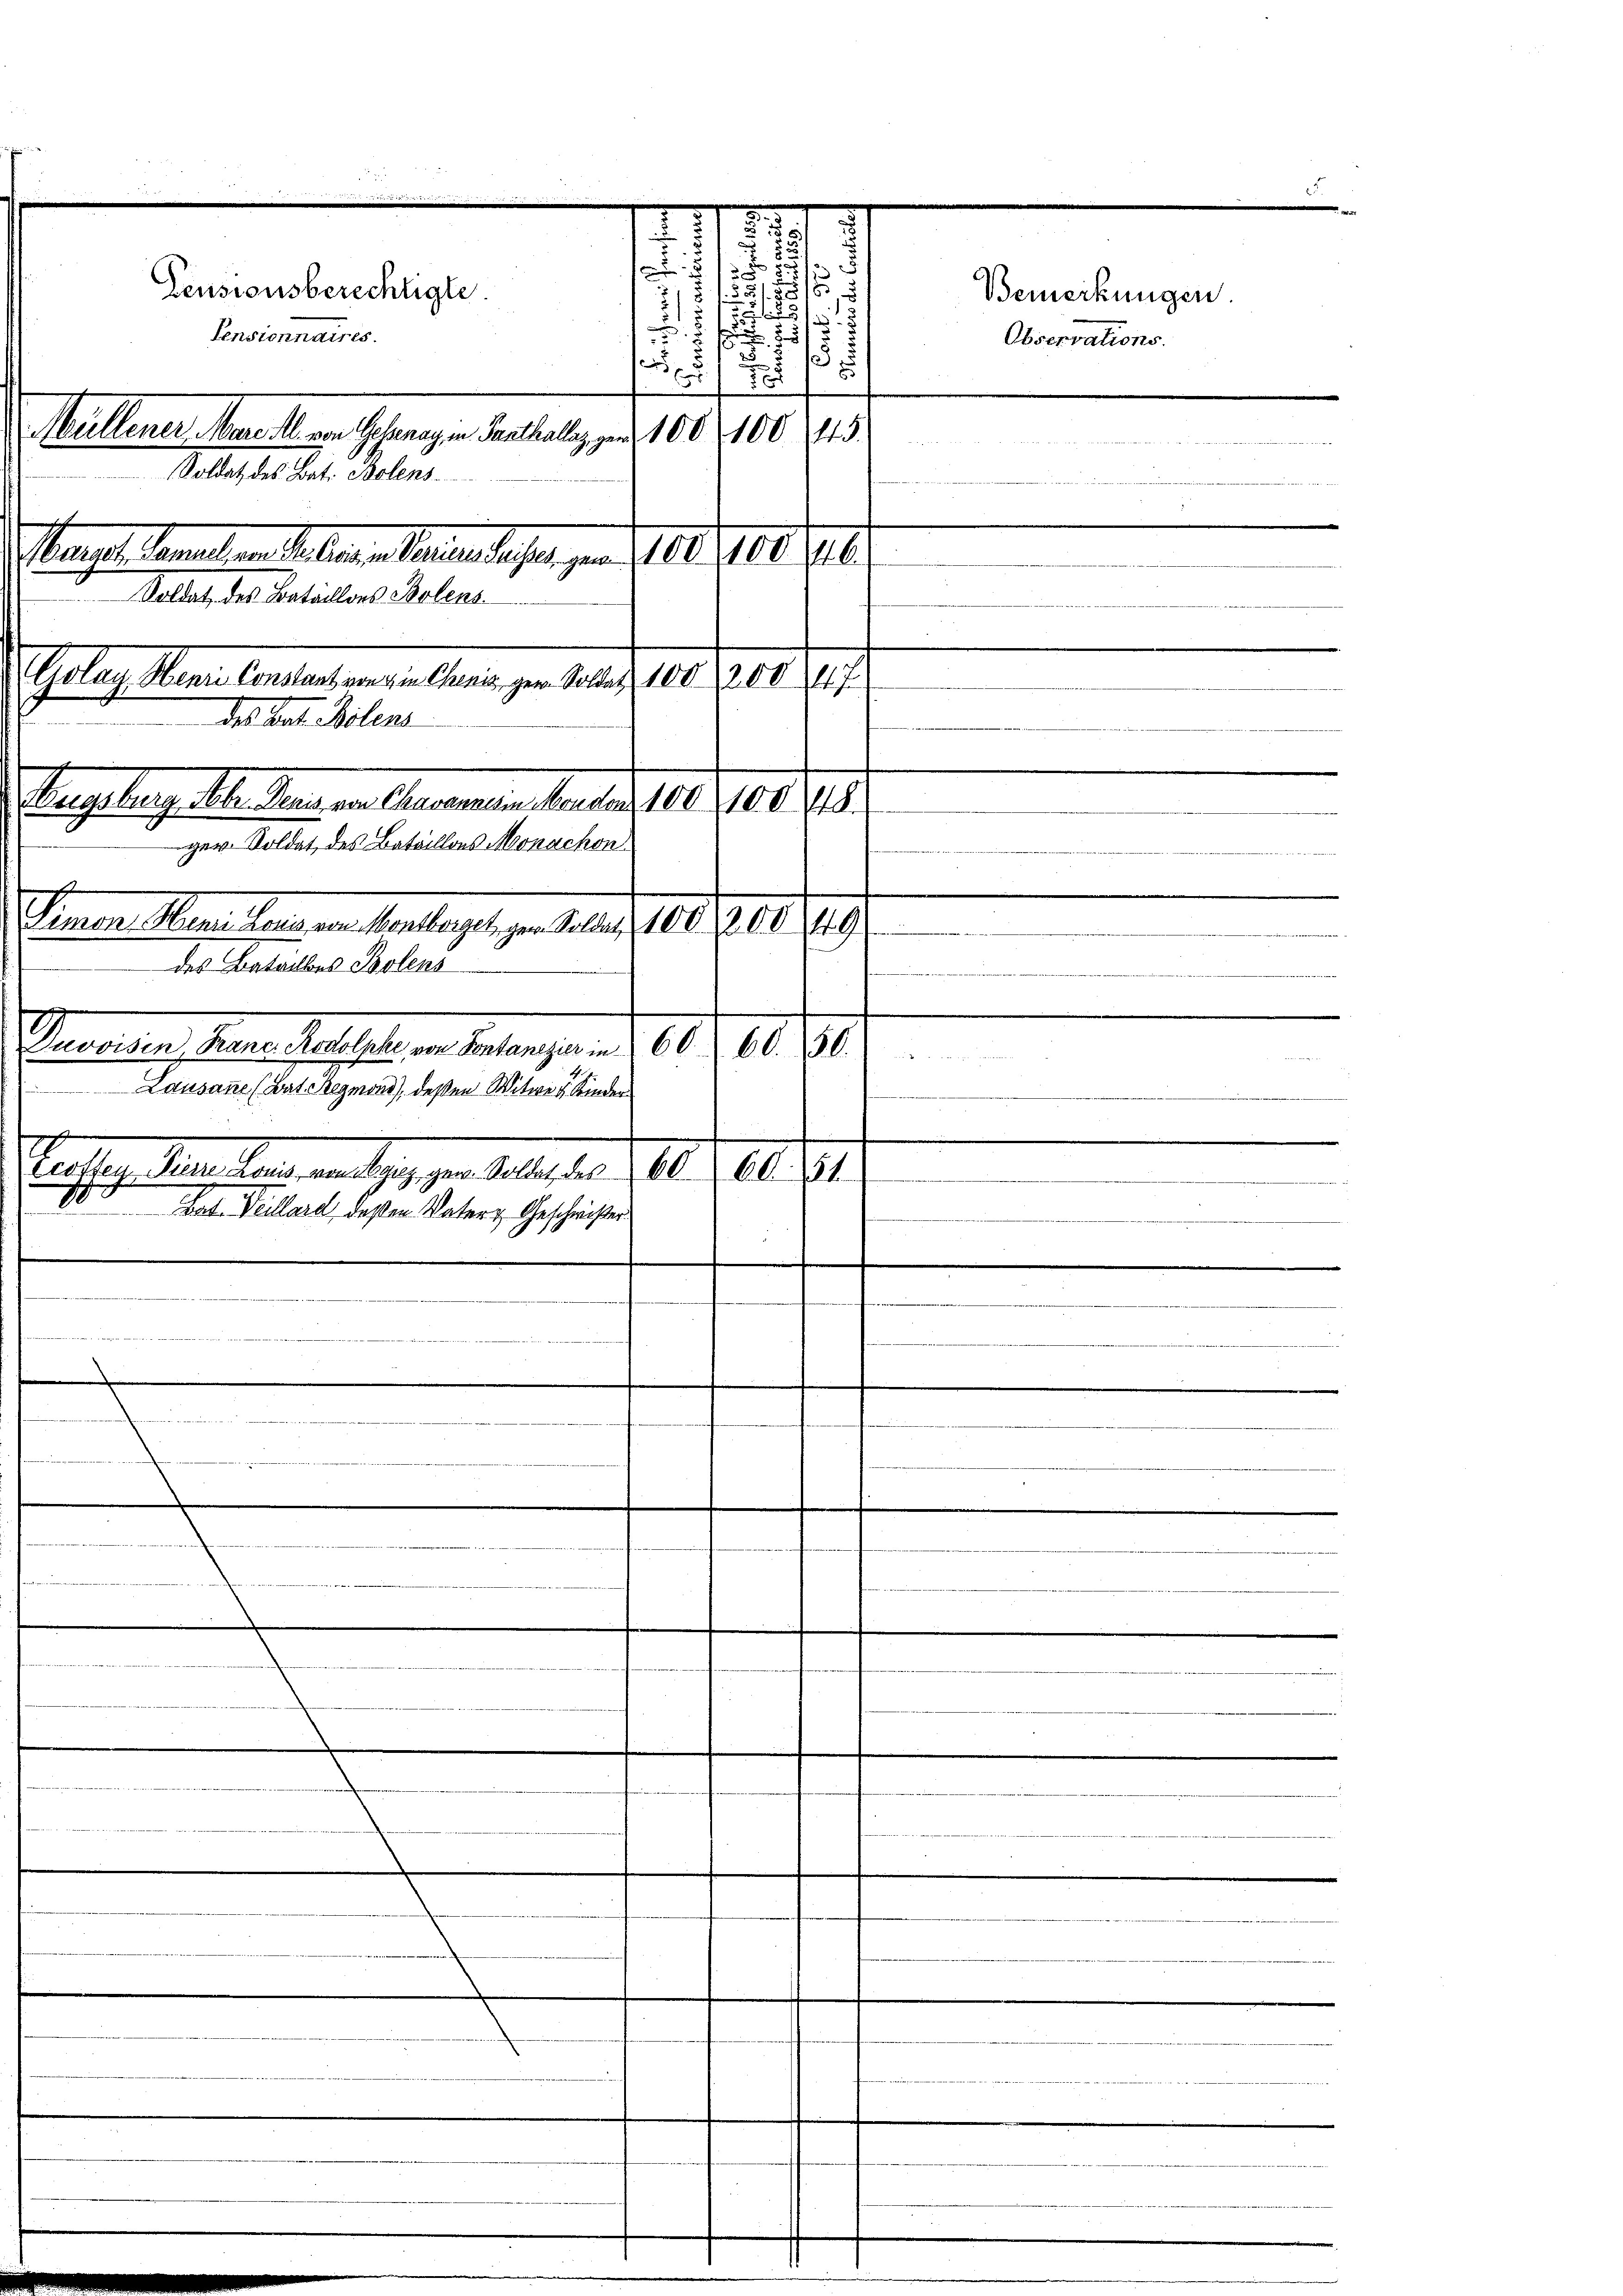
da dat. Polenz

.
2
Pensionsberechtigte.
¬
n
.
Pensionnaires.
e
Müllener, Mare Al. von Gebenay in Panthallaz gen 10010045.
Soldat des Bat. Bolens.
Manes Senat an Stellen einerlieger, von 10. Med. J.
Kollat, des Batailors Polens
Colau Henri Constant von 4. Chris, gern. Soldat, 100, 20047
ugsburg Nobr. Denis von Chavannis in Monden 100 1008.
ger. Soldat, des Bataillons Monachon

Limon Henn Louis von Montborgel ger. Soldat, 10000 g
des Bataillons Polens
Davvisen Franz-Rodolike von Sontanezier in 60. 60. 50.
Lausane (Bat Reymond), deßen Witwe 4 Kinder
erotten Pierre Lonis von zuz gen. Soldet der 6060. 51.
.
d
Rat. Veillard, deßen Vaters Geschwister
.
.

2
8
85

1
7

e

dee dieser die
.

u
.
.

Bemerkungen.
Observations.